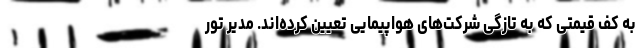
به کف قیمتی که به تازگی شرکت‌های هواپیمایی تعیین کرده‌اند. مدیر تور